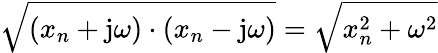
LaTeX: {\sqrt{(x_{n}+\mathrm{j}\omega)\cdot(x_{n}-\mathrm{j}\omega)}}={\sqrt{x_{n}^{2}+\omega^{2}}}